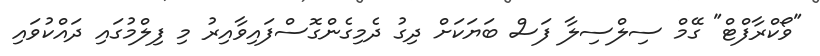
"ވޯކްރާފްޓް" ގޭމް ސިލްސިލާ ފަސް ބަޔަކަށް ދިގު ދެމިގެންގޮސްފައިވާއިރު މި ފިލްމުގައި ދައްކުވައި